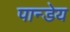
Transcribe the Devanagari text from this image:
पान्डेय